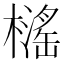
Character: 𱤤